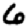
Digit: 6